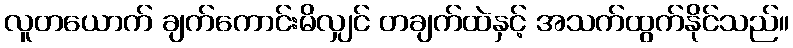
လူတယောက် ချက်ကောင်းမိလျှင် တချက်ထဲနှင့် အသက်ထွက်နိုင်သည်။